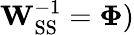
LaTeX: \mathbf{W}_{\mathrm{SS}}^{-1}=\mathbf{\Phi})